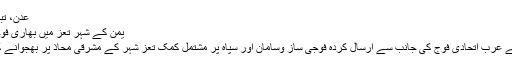
عدن، تباہی،داعش، سعودیہ
یمن کے شہر تعز میں بھاری فوجی کمک پہنچ گئی
باخبر یمنی ذرائع نے عرب اتحادی فوج کی جانب سے ارسال کردہ فوجی ساز وسامان اور سپاہ پر مشتمل کمک تعز شہر کے مشرقی محاذ پر بھجوانے کی تصدیق کی ہے۔